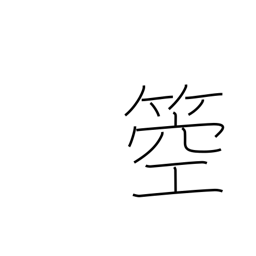
Meaning: type of harp